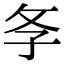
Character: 𢻯